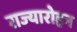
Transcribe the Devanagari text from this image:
राज्यारोहन